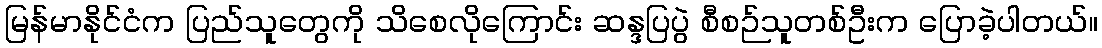
မြန်မာနိုင်ငံက ပြည်သူတွေကို သိစေလိုကြောင်း ဆန္ဒပြပွဲ စီစဉ်သူတစ်ဦးက ပြောခဲ့ပါတယ်။